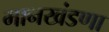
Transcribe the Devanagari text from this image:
मानखंडणा